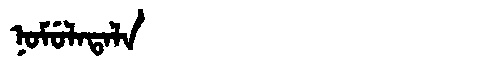
Manchu: ᠨᠣᠮᡠᠯᠠᡨᠠᠯᠠ
Romanization: NOMULATALA